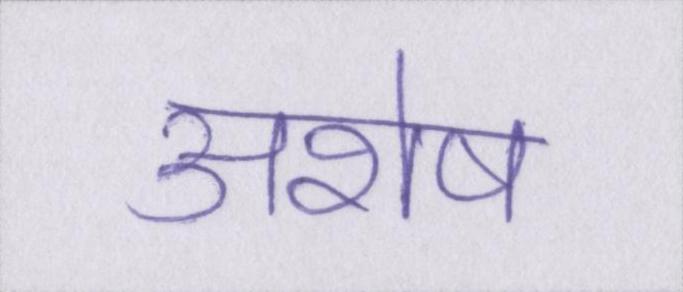
अशेष